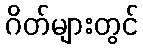
ဂိတ်များတွင်